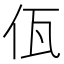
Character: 佤